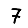
Digit: 7